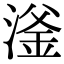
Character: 滏